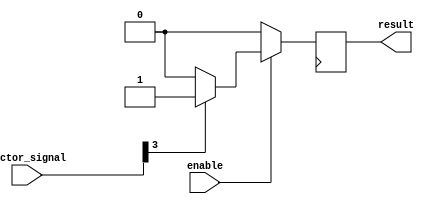
module bit_select(
    input [7:0] vector_signal,
    input enable,
    output reg result
);

always @(posedge clk) begin
    if(enable) begin
        if(vector_signal[3] == 1'b1) begin
            result <= 1'b1;
        end else begin
            result <= 1'b0;
        end
    end else begin
        result <= 1'b0;
    end
end

endmodule